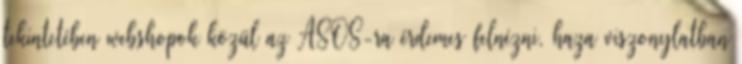
tekintetében webshopok közül az ASOS-ra érdemes felnézni, haza viszonylatban